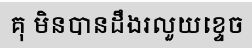
គុ មិនបានដឹងរលួយខ្ទេច